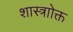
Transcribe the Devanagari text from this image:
शास्त्राोक्त